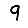
Digit: 9